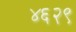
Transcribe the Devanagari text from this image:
४६२९